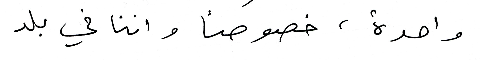
واحدة، خصوصاً واننا في بلد